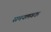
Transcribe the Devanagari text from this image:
समयलगता